Leaving Certificate Examination (including Day School Certificate (Higher) General paper), 1939
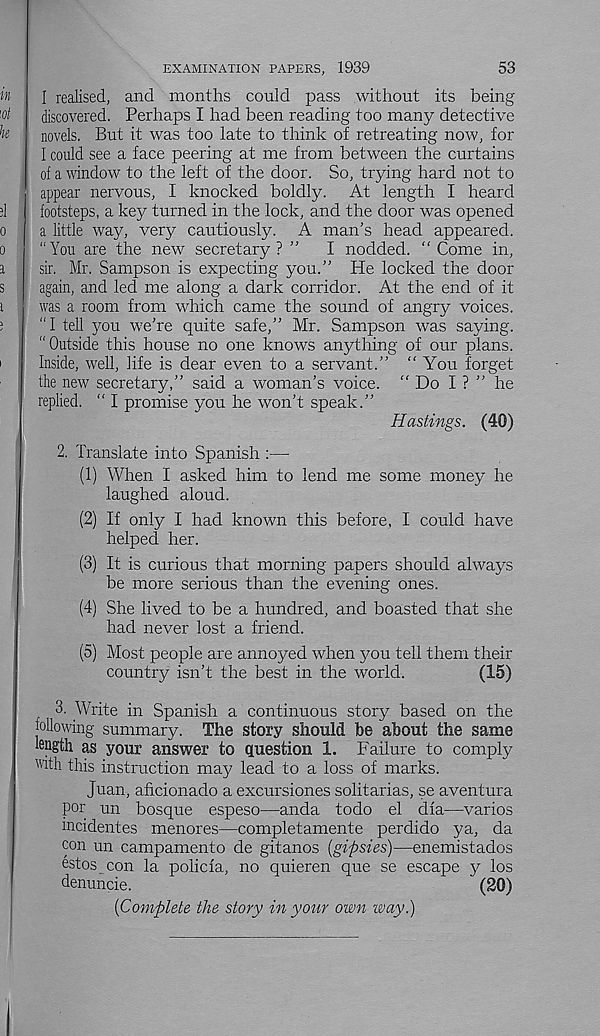
53
EXAMINATION PAPERS, 1939
I realised, and months could pass without its being
discovered. Perhaps I had been reading too many detective
novels. But it was too late to think of retreating now, for
I could see a face peering at me from between the curtains
of a window to the left of the door. So, trying hard not to
appear nervous, I knocked boldly. At length I heard
footsteps, a key turned in the lock, and the door was opened
a little way, very cautiously. A man’s head appeared.
“You are the new secretary? ”
I nodded. “ Come in,
sir. Mr. Sampson is expecting you.” He locked the door
again, and led me along a dark corridor. At the end of it
was a room from which came the sound of angry voices.
“I tell you we’re quite safe,” Mr. Sampson was saying.
" Outside this house no one knows anything of our plans.
Inside, well, life is dear even to a servant.” “You forget
the new secretary,” said a woman’s voice. “Do I ? ” he
replied. “ I promise you he won’t speak.”
Hastings. (40)
2. Translate into Spanish :—
(1) When I asked him to lend me some money he
laughed aloud.
(2) If only I had known this before, I could have
helped her.
(3) It is curious that morning papers should always
be more serious than the evening ones.
(4) She lived to be a hundred, and boasted that she
had never lost a friend.
(5) Most people are annoyed when you tell them their
country isn’t the best in the world.
(15)
, 3. Write in Spanish a continuous story based on the
following summary. The story should be about the same
length as your answer to question 1. Failure to comply
with this instruction may lead to a loss of marks.
Juan, aficionado a excursiones solitarias, se aventura
por un bosque espeso—anda todo el dia—varios
mcidentes menores—completamente perdido ya, da
con un campamento de gitanos {gipsies)—enemistados
estos con la policla, no quieren que se escape y los
denuncie.
(20)
{Complete the story in your own way)